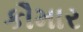
કૌમાર